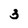
Character: 3